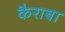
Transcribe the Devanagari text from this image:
कैराबा